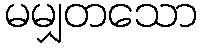
မမျှတသော